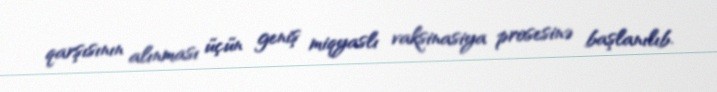
qarşısının alınması üçün geniş miqyaslı vaksinasiya prosesinə başlanılıb.